Report on malaria in the Punjab during the year ...  together with an account of the work of the Punjab Malaria Bureau - Volume 4
Disease focus: Malaria
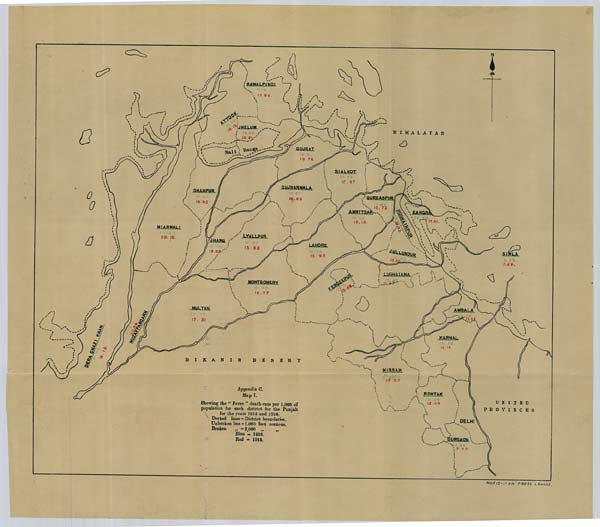
MUFID-I-AM' PRESS LAHORE.